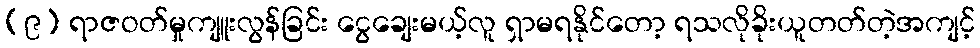
(၉) ရာဇဝတ်မှုကျူးလွန်ခြင်း ငွေချေးမယ့်လူ ရှာမရနိုင်တော့ ရသလိုခိုးယူတတ်တဲ့အကျင့်